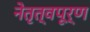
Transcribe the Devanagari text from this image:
नेतृत्वपूर्ण